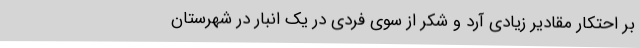
بر احتکار مقادیر زیادی آرد و شکر از سوی فردی در یک انبار در شهرستان